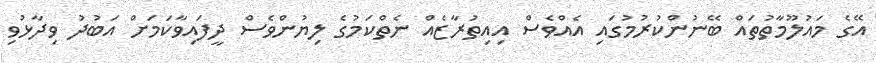
އޭގެ މައުލޫމާތުތައް ބޭނުންކުރުމުގައި އެއްވެސް އިއިތުރާޒެއް ނެތްކަމުގެ ލިޔުންވެސް ދީފައިވާކަމަށް އަބުދު ވިދާޅުވި